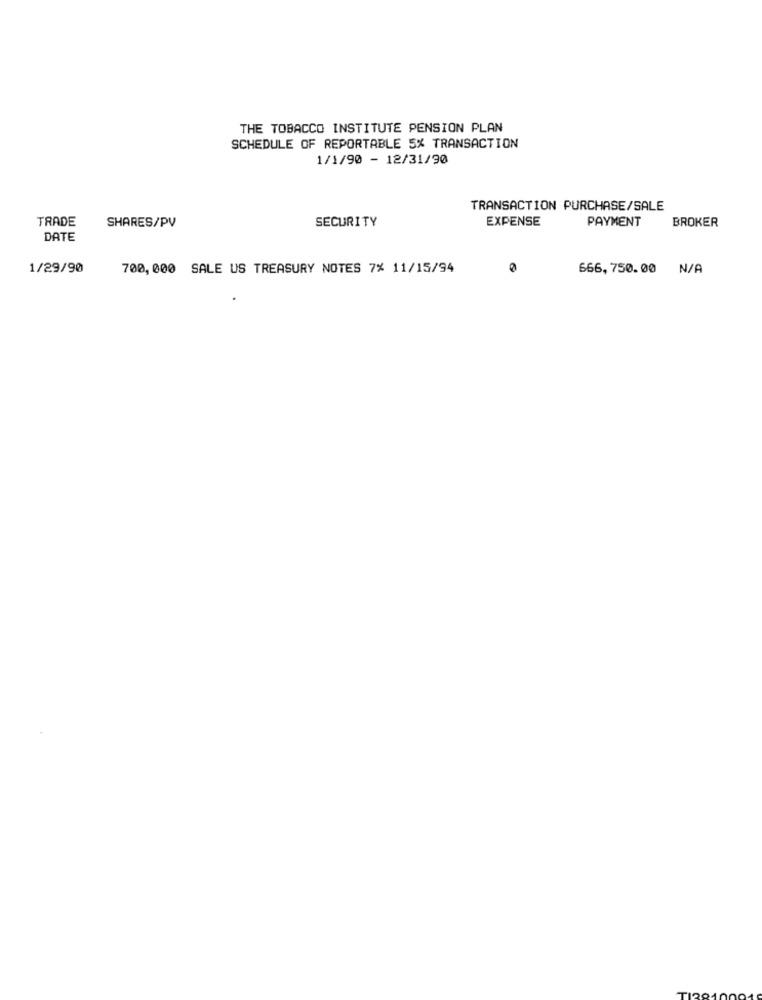
THE TOBACCO INSTITUTE PENSION PLAN
SCHEDULE OF REPORTABLE 5% TRANSACTION
1/1/90 - 12/31/90
TRANSACTION PURCHASE/SALE
SECURITY
EXPENSE
BROKER
TRADE
SHARES/PV
PAYMENT
DATE
1/29/90
700, 000 SALE US TREASURY NOTES 7% 11/15/94
666, 750.00 N/A